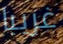
غريبا